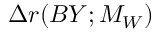
\Delta r ( B Y ; M _ { W } )